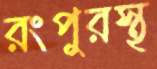
রংপুরস্থ